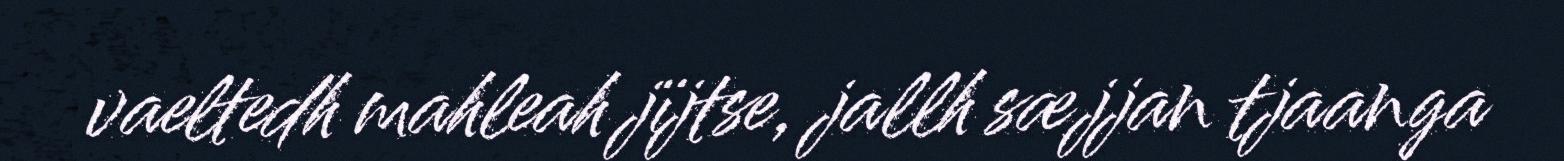
vaeltedh mahleah jïjtse, jallh sæjjan tjaanga